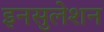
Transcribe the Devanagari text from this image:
इनसुलेशन